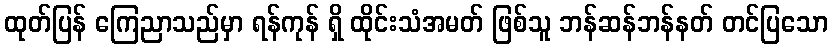
ထုတ်ပြန် ကြေညာသည်မှာ ရန်ကုန် ရှိ ထိုင်းသံအမတ် ဖြစ်သူ ဘန်ဆန်ဘန်နတ် တင်ပြသော